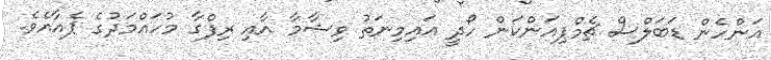
އަންހެން ޑަބަލްސް ޗެމްޕިއަންކަން ހޯދީ އައިމިނަތު ވިޝާމާ އާއި ރިފްގާ މުހައްމަދުގެ ޕެއާއެވެ.